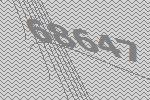
68647